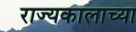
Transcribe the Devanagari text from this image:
राज्यकालाच्या